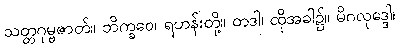
သတ္တဂုမ္ဗဇာတ်။ ဘိက္ခဝေ၊ ရဟန်းတို့။ တဒါ၊ ထိုအခါ၌။ မိဂလုဒ္ဒေါ၊